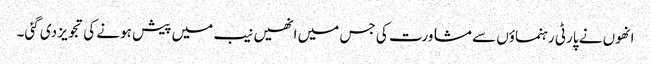
انھوں نے پارٹی رہنماؤں سے مشاورت کی جس میں انھیں نیب میں پیش ہونے کی تجویز دی گئی۔